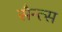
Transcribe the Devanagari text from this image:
सैन्त्स